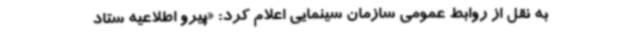
به نقل از روابط عمومی سازمان سینمایی اعلام کرد: «پیرو اطلاعیه ستاد